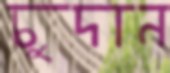
চুদান